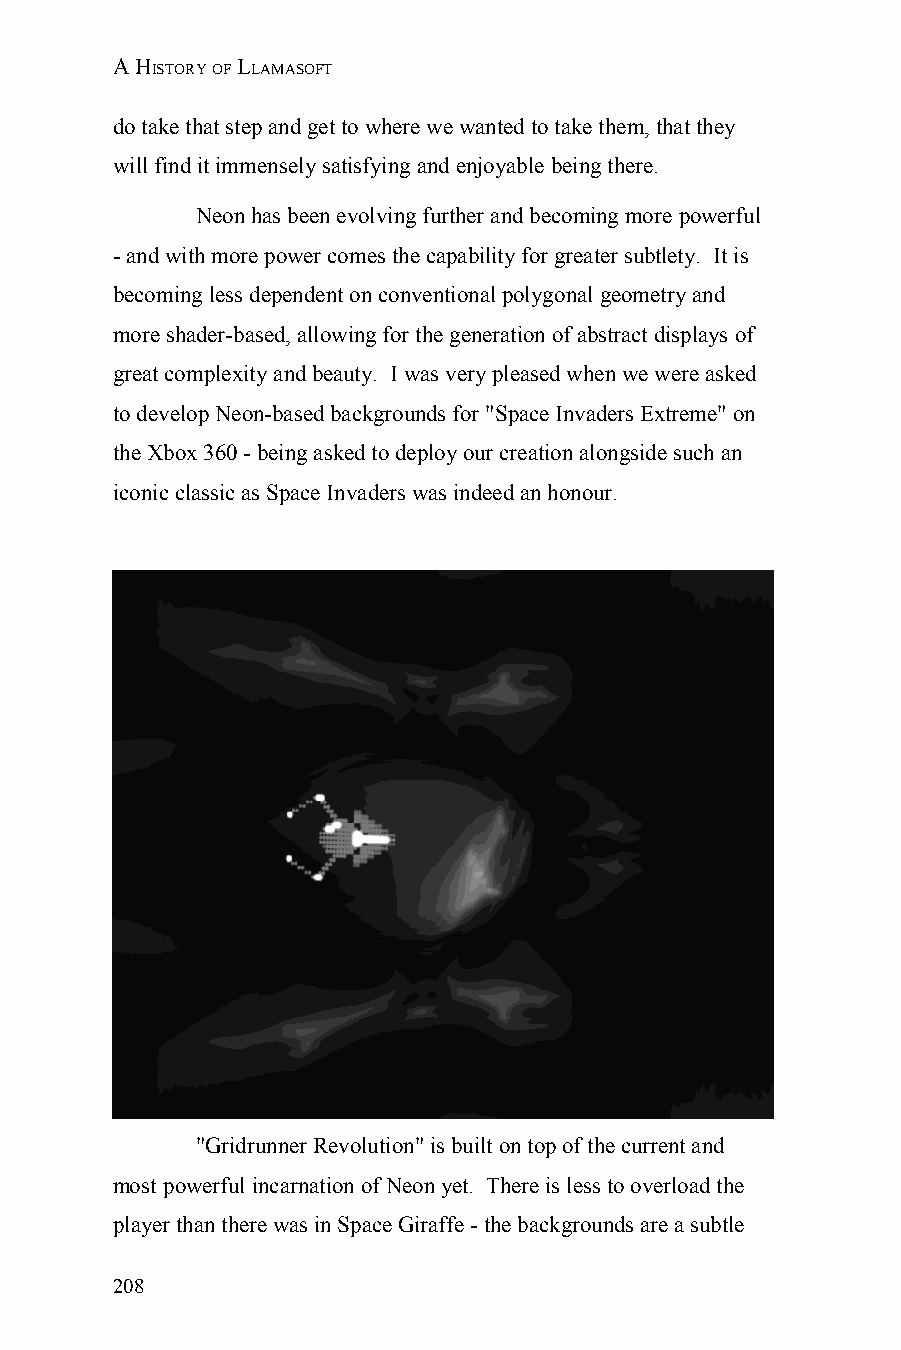
A HISTORY OF LLAMASOFT
 do take that step and get to where we wanted to take them, that they
 will find it immensely satisfying and enjoyable being there.
 Neon has been evolving further and becoming more powerful
 - and with more power comes the capability for greater subtlety. It is
 becoming less dependent on conventional polygonal geometry and
 more shader-based, allowing for the generation of abstract displays of
 great complexity and beauty. I was very pleased when we were asked
 to develop Neon-based backgrounds for "Space Invaders Extreme" on
 the Xbox 360 - being asked to deploy our creation alongside such an
 iconic classic as Space Invaders was indeed an honour.
 "Gridrunner Revolution" is built on top of the current and
 most powerful incarnation of Neon yet. There is less to overload the
 player than there was in Space Giraffe - the backgrounds are a subtle
 208